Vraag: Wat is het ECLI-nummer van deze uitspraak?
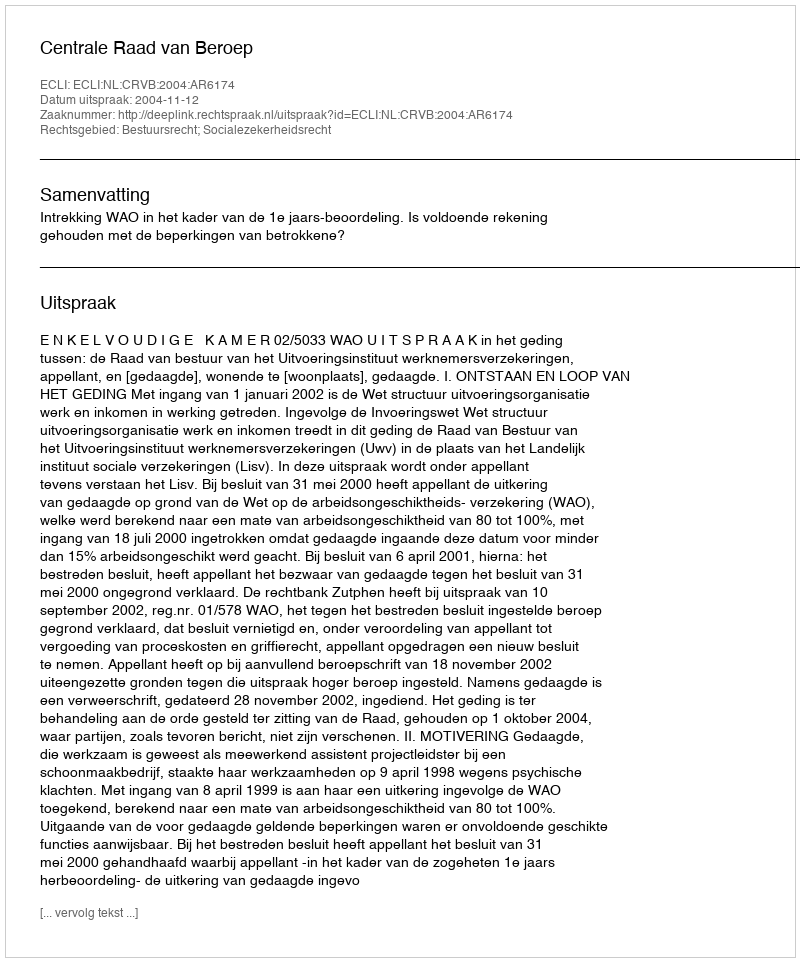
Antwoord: ECLI:NL:CRVB:2004:AR6174